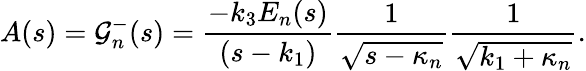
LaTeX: A(s)=\mathcal{G}_{n}^{-}(s)=\frac{-k_{3}E_{n}(s)}{(s-k_{1})}\frac{1}{\sqrt{s-\kappa_{n}}}\frac{1}{\sqrt{k_{1}+\kappa_{n}}}.